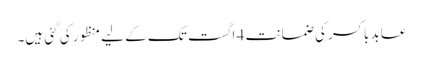
عابد باکسر کی ضمانت 4 اگست تک کے لیے منظور کی گئی ہیں۔